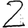
Digit: 2